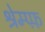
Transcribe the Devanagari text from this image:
श्रेम्प्फ़